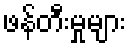
ဖန်တီးမှုများ